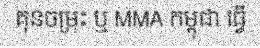
គុនចម្រុះ ឬ MMA កម្ពុជា ធ្វើ